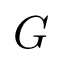
G